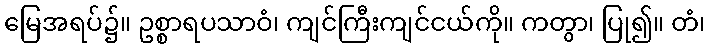
မြေအရပ်၌။ ဥစ္စာရပသာဝံ၊ ကျင်ကြီးကျင်ငယ်ကို။ ကတွာ၊ ပြု၍။ တံ၊